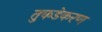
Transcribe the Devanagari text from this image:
तुकडेकरण